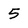
Character: 5